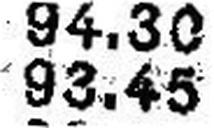
93.45